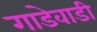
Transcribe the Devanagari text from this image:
गाडेवाडी